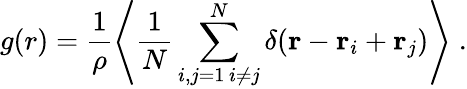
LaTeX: g(r)=\frac{1}{\rho}\left\langle\frac{1}{N}\sum_{\substack{i,j=1\, i\neq j}}^{N}\delta({\mathbf r}-{\mathbf r}_{i}+{\mathbf r}_{j})\right\rangle\; .